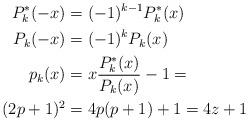
LaTeX: \begin{align*}P_k^*(-x) &= (-1)^{k-1} P_k^* (x) \\P_k(-x) &= (-1)^{k} P_k (x) \\p_k(x) &= x\frac{P_k^*(x)}{P_k(x)}-1 = \\(2p+1)^2 &= 4p(p+1)+1=4z+1\end{align*}